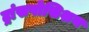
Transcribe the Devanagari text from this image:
ट्रांसपोसिशन